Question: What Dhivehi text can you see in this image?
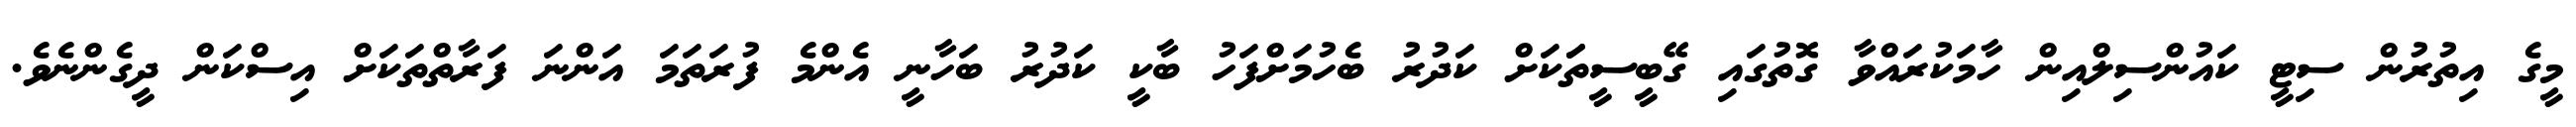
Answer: މީގެ އިތުރުން ސިޓީ ކައުންސިލްއިން ހާމަކުރައްވާ ގޮތުގައި ގޭބީސީތަަކަށް ކަދުރު ބެހުމަށްފަހު ބާކީ ކަދުރު ބަހާނީ އެންމެ ފުރަތަމަ އަންނަ ފަރާތްތަކަށް އިސްކަން ދީގެންނެވެ.